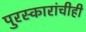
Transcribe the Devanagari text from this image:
पुरस्कारांचीही